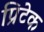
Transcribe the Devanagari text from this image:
प्रिटेक